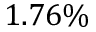
1 . 7 6 \%